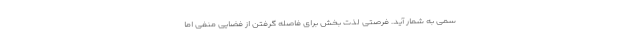
سمی به شمار آید. فرصتی لذت بخش برای فاصله گرفتن از فضایی منفی اما